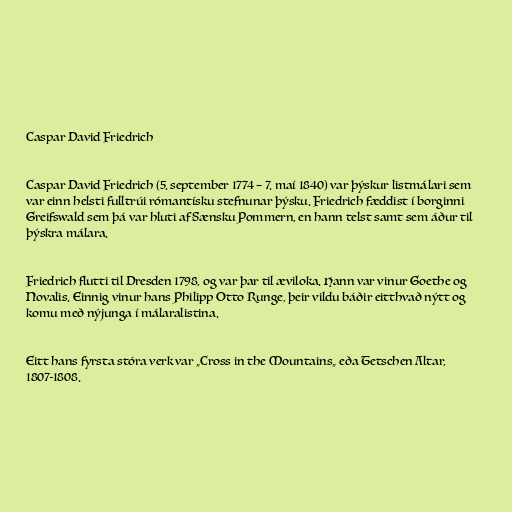
Caspar David Friedrich

Caspar David Friedrich (5. september 1774 – 7. maí 1840) var þýskur listmálari sem
var einn helsti fulltrúi rómantísku stefnunar þýsku. Friedrich fæddist í borginni
Greifswald sem þá var hluti af Sænsku Pommern, en hann telst samt sem áður til
þýskra málara.

Friedrich flutti til Dresden 1798, og var þar til æviloka. Hann var vinur Goethe og
Novalis. Einnig vinur hans Philipp Otto Runge, þeir vildu báðir eitthvað nýtt og
komu með nýjunga í málaralistina.

Eitt hans fyrsta stóra verk var „Cross in the Mountains„ eða Tetschen Altar,
1807-1808.